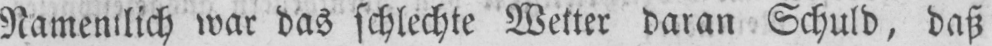
Namentlich war das schlechte Wetter daran Schuld, daß